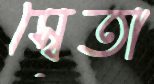
স্বেতা